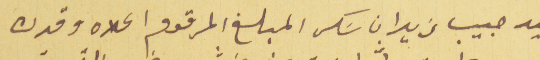
ليد حبيب زيدان سَكر المبلغ المرقوم اعلاه وقدره